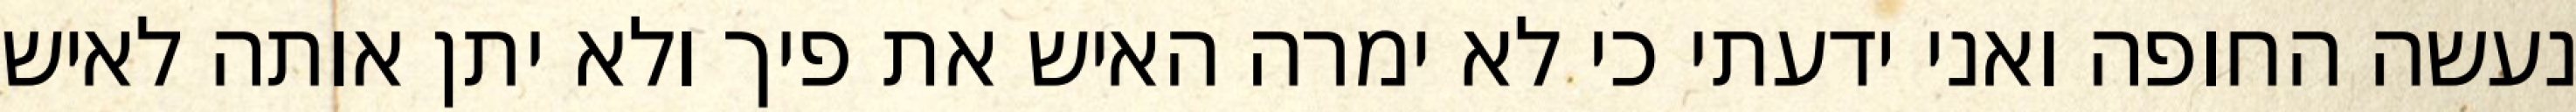
נעשה החופה ואני ידעתי כי לא ימרה האיש את פיך ולא יתן אותה לאיש